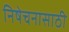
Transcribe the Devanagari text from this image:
निषेचनासाठी